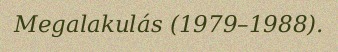
Megalakulás (1979–1988).